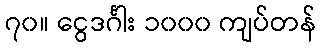
၇၀။ ငွေဒင်္ဂါး ၁၀၀၀ ကျပ်တန်